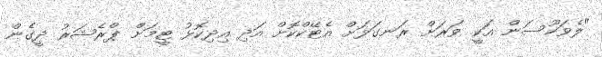
"ލެވަކޫސަން އަކީ ވަރަށް ރަނގަޅަށް އެޓޭކްކޮށް އަދި އިދިކޮޅު ޓީމަށް ޕްރެޝަރު ދީގެން